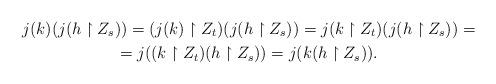
LaTeX: \begin{gather*} j(k)(j(h\upharpoonright Z_s))=(j(k)\upharpoonright Z_t)(j(h\upharpoonright Z_s))=j(k\upharpoonright Z_t)(j(h\upharpoonright Z_s))=\\ =j((k\upharpoonright Z_t)(h\upharpoonright Z_s))=j(k(h\upharpoonright Z_s)).\end{gather*}